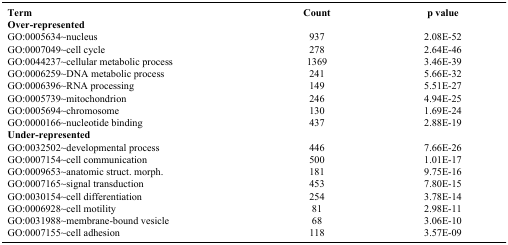
| Term | Count | p value |
 | --- | --- | --- |
 | <COLSPAN=3> Over-represented |
 | GO:0005634~nucleus | 937 | 2.08E-52 |
 | GO:0007049~cell cycle | 278 | 2.64E-46 |
 | GO:0044237~cellular metabolic process | 1369 | 3.46E-39 |
 | GO:0006259~DNA metabolic process | 241 | 5.66E-32 |
 | GO:0006396~RNA processing | 149 | 5.51E-27 |
 | GO:0005739~mitochondrion | 246 | 4.94E-25 |
 | GO:0005694~chromosome | 130 | 1.69E-24 |
 | GO:0000166~nucleotide binding | 437 | 2.88E-19 |
 | <COLSPAN=3> Under-represented |
 | GO:0032502~developmental process | 446 | 7.66E-26 |
 | GO:0007154~cell communication | 500 | 1.01E-17 |
 | GO:0009653~anatomic struct. morph. | 181 | 9.75E-16 |
 | GO:0007165~signal transduction | 453 | 7.80E-15 |
 | GO:0030154~cell differentiation | 254 | 3.78E-14 |
 | GO:0006928~cell motility | 81 | 2.98E-11 |
 | GO:0031988~membrane-bound vesicle | 68 | 3.06E-10 |
 | GO:0007155~cell adhesion | 118 | 3.57E-09 |